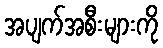
အပျက်အစီးများကို